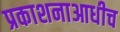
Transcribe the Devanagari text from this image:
प्रकाशनाआधीच